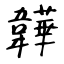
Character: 韡